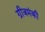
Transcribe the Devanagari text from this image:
ग्रीजमंकी